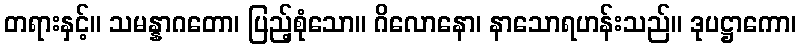
တရားနှင့်။ သမန္နာဂတော၊ ပြည့်စုံသော။ ဂိလောနော၊ နာသောရဟန်းသည်။ ဒုပဋ္ဌာကော၊